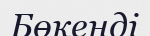
Бөкенді